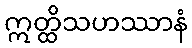
ဣတ္ထိသဟဿာနံ